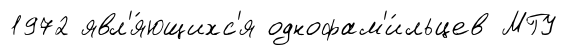
1972 явл'я́ющихс'я однофам'и́льцев МГУ